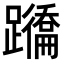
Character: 𨇕